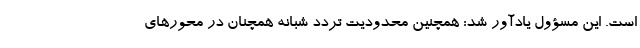
است. این مسؤول یادآور شد: همچنین محدودیت تردد شبانه همچنان در محورهای